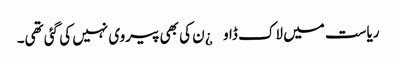
ریاست میں لاک ڈاو¿ن کی بھی پیروی نہیں کی گئی تھی۔